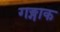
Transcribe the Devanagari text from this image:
गङ्गाक